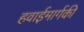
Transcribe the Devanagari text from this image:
हवाईमार्गकी